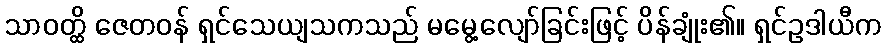
သာဝတ္ထိ ဇေတဝန် ရှင်သေယျသကသည် မမွေ့လျော်ခြင်းဖြင့် ပိန်ချုံး၏။ ရှင်ဥဒါယီက